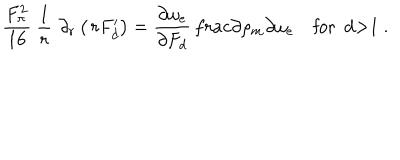
\frac { F _ { \pi } ^ { 2 } } { 1 6 } \ \frac { 1 } { r } \, \, \partial _ { r } \left( \, r F _ { d } ^ { \prime } \right) = \frac { \partial \omega _ { e } } { \partial F _ { d } } \, \frac { \partial \rho _ { m } } { \partial \omega _ { e } } \quad \mathrm { f o r ~ d > 1 ~ . }